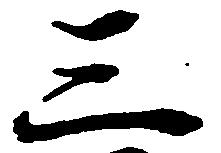
三